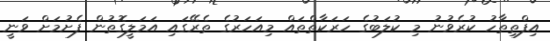
އިފްތިތާހު ކުރެވުނު މި ކުލަބުގެ ހަރަކާތްތައް މިއަހަރުގެ ތެރޭގައި އަމަލީގޮތުން ފެށުމަށް ވަނީ